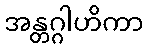
အန္တဂ္ဂါဟိကာ